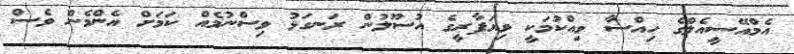
އެމްއޭސީއެލްގެ ހިއްސާ ވިއްކުމަކީ ވިޔަފާރީގެ އުސޫލުން ރަނގަޅު ވިސްނުމެއް ކަމަށް އެންމެން ވެސް